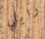
رايلي